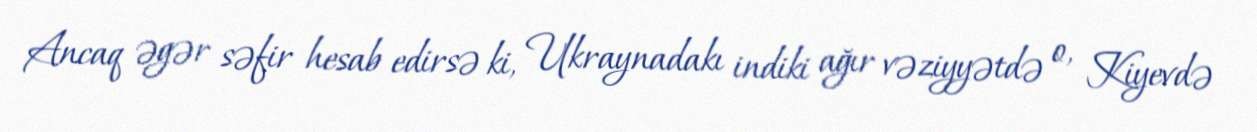
Ancaq əgər səfir hesab edirsə ki, Ukraynadakı indiki ağır vəziyyətdə o, Kiyevdə